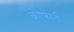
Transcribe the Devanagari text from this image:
क्रौफोर्ड